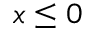
x \leq 0